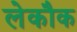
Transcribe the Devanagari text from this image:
लेकौक